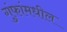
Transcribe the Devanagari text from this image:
गुंफांमधील